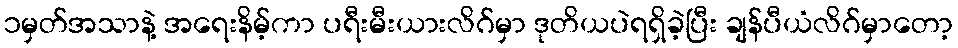
၁မှတ်အသာနဲ့ အရေးနိမ့်ကာ ပရီးမီးယားလိဂ်မှာ ဒုတိယပဲရရှိခဲ့ပြီး ချန်ပီယံလိဂ်မှာတော့